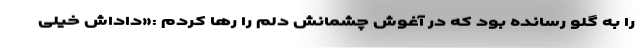
را به گلو رسانده بود که در آغوش چشمانش دلم را رها کردم :«داداش خیلی